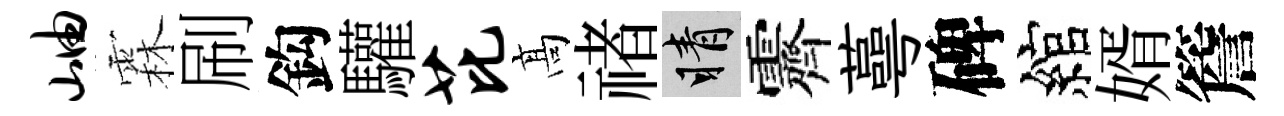
岫霖刷鈎驩芘髙禇睛霽蕚碑綰婿簷